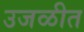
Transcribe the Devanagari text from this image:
उजळीत